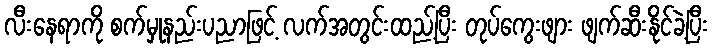
လီးနေရာကို စက်မှုနည်းပညာဖြင့် လက်အတွင်းထည့်ပြီး တုပ်ကွေးဖျား ဖျက်ဆီးနိုင်ခဲ့ပြီး